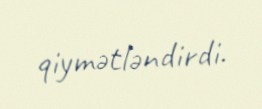
qiymətləndirdi.